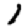
Digit: 1